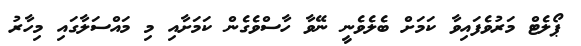
ޕޯލެޓް މަރުވެފައިވާ ކަމަށް ބެލެވެނީ ނޭވާ ހާސްވެގެން ކަމަށާއި މި މައްސަލާގައި މިހާރު